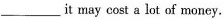
___it may cost a lot of money.